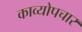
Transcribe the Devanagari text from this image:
काव्योपचार